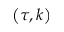
\left( \tau , k \right)